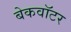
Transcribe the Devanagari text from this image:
बेकवॉटर